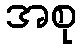
အစု